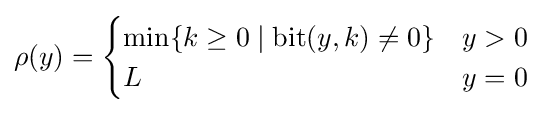
\rho (y)={\begin{cases}\min\{k\geq 0\mid \mathrm {bit} (y,k)\neq 0\}&y>0\\L&y=0\end{cases}}